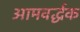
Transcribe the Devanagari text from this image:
आमवर्द्धक